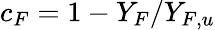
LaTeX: c_{F}=1-Y_{F}/Y_{F,u}